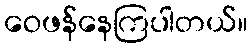
ဝေဖန်နေကြပါတယ်။